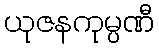
ယုဇနကုမ္ပဏီ